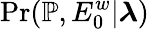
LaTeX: \mathrm{Pr}(\mathbb{P},E_{0}^{w}|\boldsymbol{\lambda})